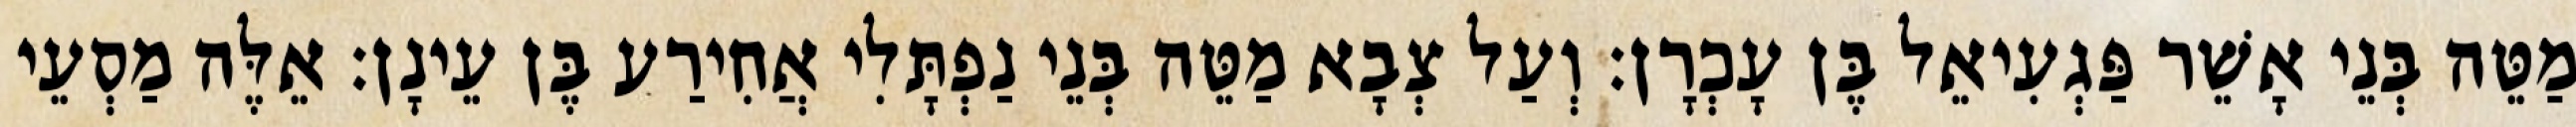
מַטֵּה בְּנֵי אָשֵׁר פַּגְעִיאֵל בֶּן עָכְרָן׃ וְעַל צְבָא מַטֵּה בְּנֵי נַפְתָּלִי אֲחִירַע בֶּן עֵינָן׃ אֵלֶּה מַסְעֵי